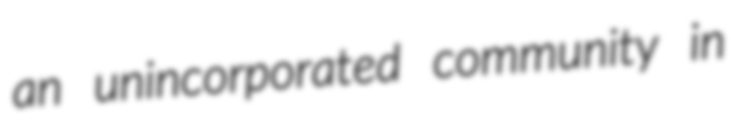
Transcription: an unincorporated community in